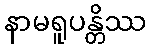
နာမရူပန္တိဿ